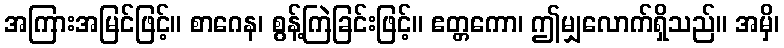
အကြားအမြင်ဖြင့်။ စာဂေန၊ စွန့်ကြဲခြင်းဖြင့်။ ဧတ္တကော၊ ဤမျှလောက်ရှိသည်။ အမှိ၊